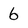
Character: 6